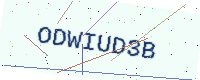
Text: ODWIUD3B